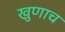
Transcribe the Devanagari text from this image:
खुणाच